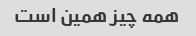
همه چیز همین است